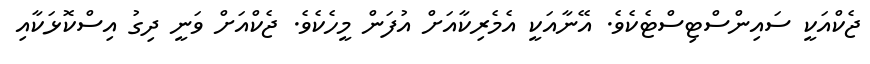
ޖެކްއަކީ ސައިންސްޓިސްޓެކެވެ. އޭނާއަކީ އެމެރިކާއަށް އުފަން މީހެކެވެ. ޖެކްއަށް ވަނީ ދިގު އިސްކޮޅަކާއި